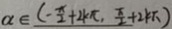
a \in ( - \frac { \pi } { 2 } + 2 k \pi , \frac { \pi } { 2 } + 2 k \pi )